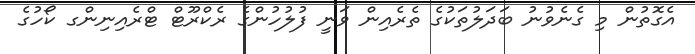
އެގޮތުން މި ގެނެވުނު ބަދަލުތަކުގެ ތެރެއިން ވަނީ ފުލުހުންގެ ރެކްރޫޓް ޓްރެއިނިންގ ކޯހުގެ